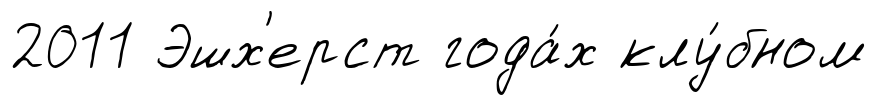
2011 Эшх'ерст года́х клу́бном